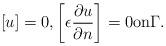
LaTeX: \begin{align*} [u]=0, \left[ \epsilon\frac{\partial u}{\partial n} \right]=0 \mbox{on}\Gamma.\end{align*}